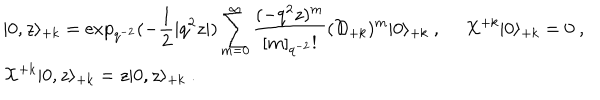
\begin{array} { l } { { \vert 0 , z \rangle _ { + k } = \displaystyle \exp _ { q ^ { - 2 } } ( - \frac { 1 } { 2 } | q ^ { 2 } z | ) \sum _ { m = 0 } ^ { \infty } \frac { ( - q ^ { 2 } z ) ^ { m } } { [ m ] _ { q ^ { - 2 } } ! } ( { \cal D } _ { + k } ) ^ { m } \vert 0 \rangle _ { + k } ~ , ~ ~ { \cal X } ^ { + k } \vert 0 \rangle _ { + k } = 0 ~ , } } \\ { { { \cal X } ^ { + k } \vert 0 , z \rangle _ { + k } = z \vert 0 , z \rangle _ { + k } ~ . } } \\ \end{array}